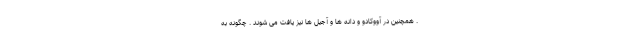
. همچنین در آووکادو و دانه ها و آجیل ها نیز یافت می شوند . چگونه به